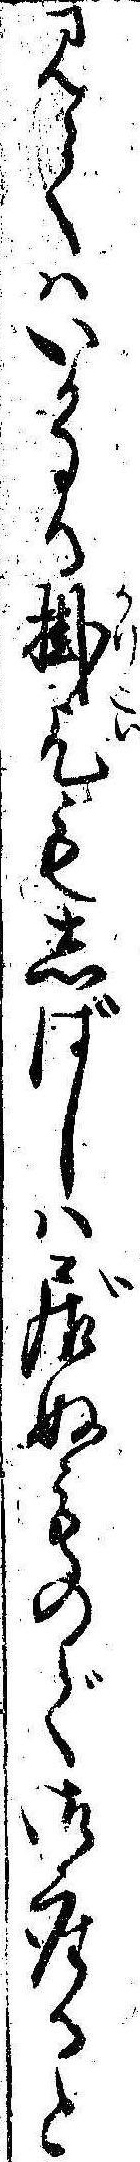
見てはいかなる掛乞もしばしは居ぬもので御座ると